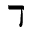
\daleth